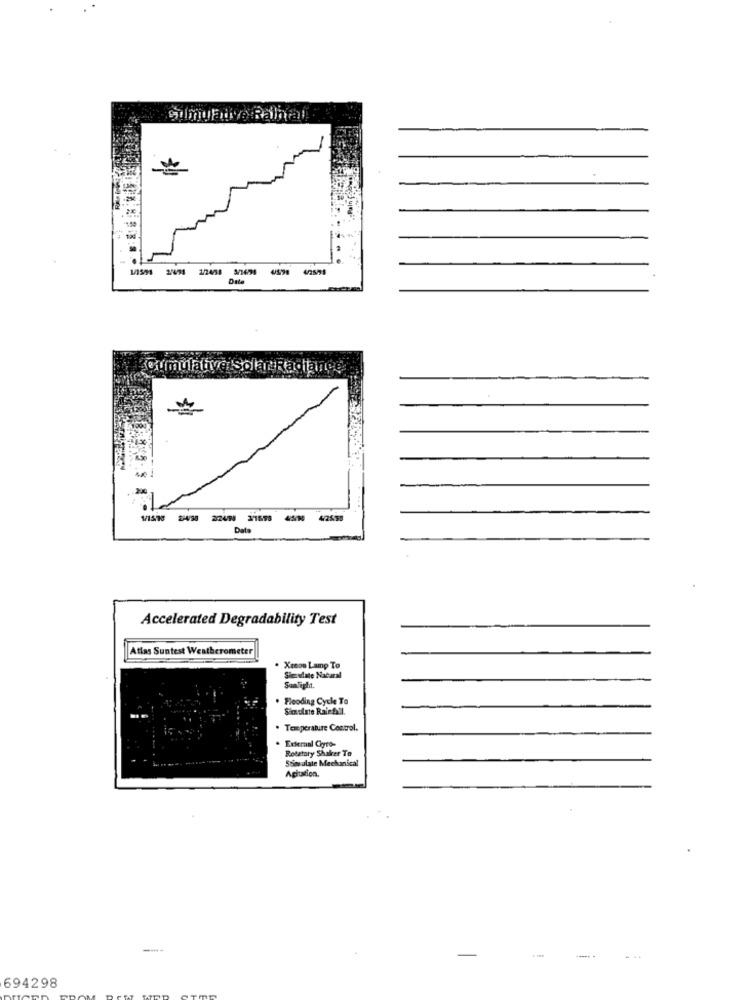
cumulative Ralnal
1/1591 2/071 1/24/58 3/1654
Date
Cumulative Solar Radiance
...
1/158 /M 22424 3/1558
4/2555
Data
Accelerated Degradability Test
Atlas Suntest Weatherometer
Xenon Lamp To
Siczudate Nacaral
SanTight.
. Flooding Cycle To
Simulate Rainfall.
. Temperature Control.
. Exteranl Cyto-
Rotatory Shaker To
Stimulate Mechanical
Agitation.
694298